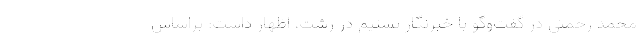
محمد رحمتی در گفت‌وگو با خبرنگار تسنیم در رشت، اظهار داشت: براساس